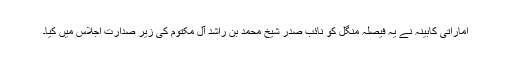
اماراتی کابینہ نے یہ فیصلہ منگل کو نائب صدر شیخ محمد بن راشد آل مکتوم کی زیر صدارت اجلاس میں کیا۔